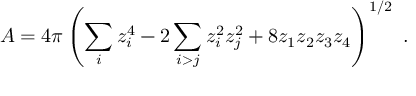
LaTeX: A = 4 \pi \left( { \sum _ { i } z _ { i } ^ { 4 } - 2 \sum _ { i > j } z _ { i } ^ { 2 } z _ { j } ^ { 2 } + 8 z _ { 1 } z _ { 2 } z _ { 3 } z _ { 4 } } \right) ^ { 1 / 2 } \ .